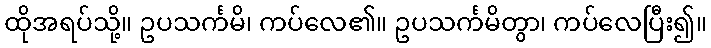
ထိုအရပ်သို့။ ဥပသင်္ကမိ၊ ကပ်လေ၏။ ဥပသင်္ကမိတွာ၊ ကပ်လေပြီး၍။